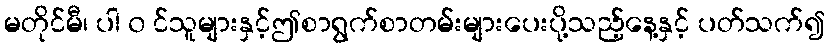
မတိုင်မီ၊ ပါ ၀ င်သူများနှင့်ဤစာရွက်စာတမ်းများပေးပို့သည့်နေ့နှင့် ပတ်သက်၍